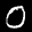
Label: 0